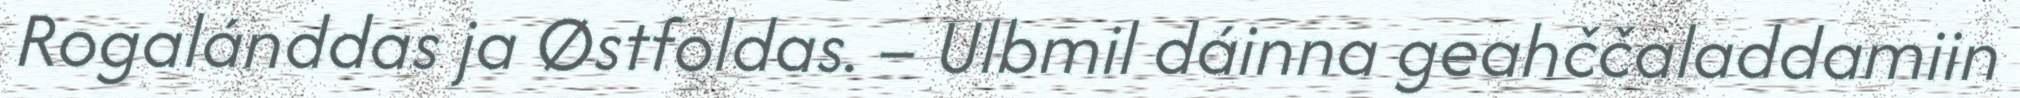
Rogalánddas ja Østfoldas. – Ulbmil dáinna geahččaladdamiin